Burma Government Medical School reports 1907-22
Year: 1907
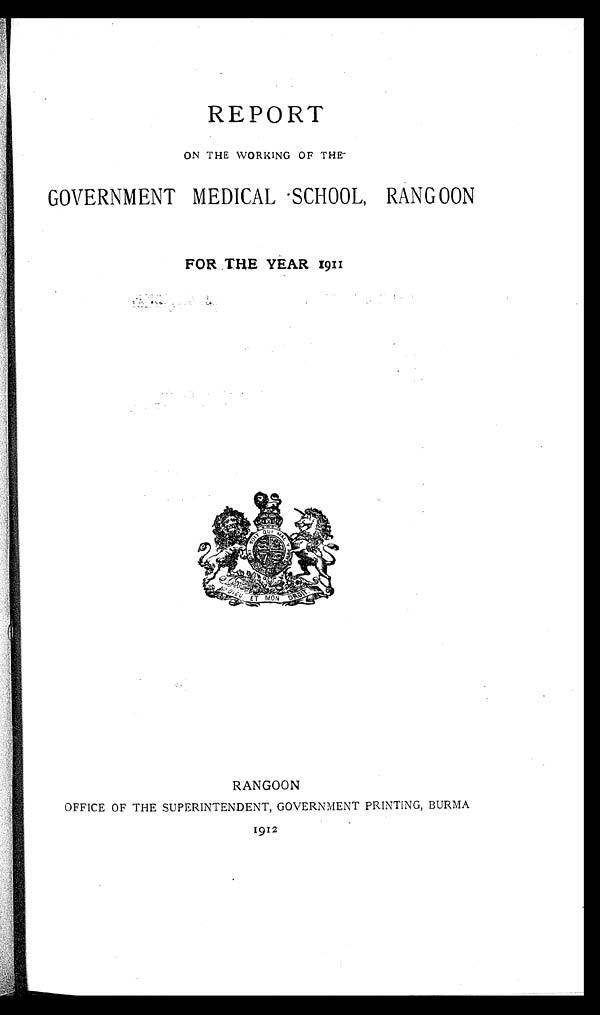
REPORT
ON THE WORKING OF THE
GOVERNMENT MEDICAL SCHOOL, RANGOON
FOR THE YEAR 1911
RANGOON
OFFICE OF THE SUPERINTENDENT, GOVERNMENT PRINTING, BURMA
1912